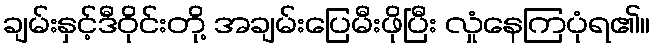
ချမ်းနှင့်ဒီဝိုင်းတို့ အချမ်းပြေမီးဖိုပြီး လှုံနေကြပုံရ၏။